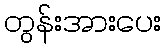
တွန်းအားပေး